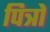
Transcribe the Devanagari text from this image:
पित्रों